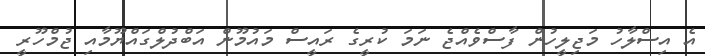
އެ އިސްލާހު މަޖިލީހުން ފާސްވެއްޖެ ނަމަ ކުރީގެ ރައީސް މައުމޫން އަބްދުލްގައްޔޫމާއި ޖުމްހޫރީ